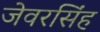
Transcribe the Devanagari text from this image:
जेवरसिंह